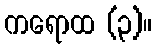
ကရောထ (၃)။